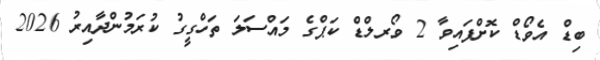
ބިޑް އެވޯޑް ކޮށްފައިވާ 2 ވޯރލްޑް ކަޕްގެ މައްސަލަ ތަހްގީގު ކުރަމުންދާއިރު 2026